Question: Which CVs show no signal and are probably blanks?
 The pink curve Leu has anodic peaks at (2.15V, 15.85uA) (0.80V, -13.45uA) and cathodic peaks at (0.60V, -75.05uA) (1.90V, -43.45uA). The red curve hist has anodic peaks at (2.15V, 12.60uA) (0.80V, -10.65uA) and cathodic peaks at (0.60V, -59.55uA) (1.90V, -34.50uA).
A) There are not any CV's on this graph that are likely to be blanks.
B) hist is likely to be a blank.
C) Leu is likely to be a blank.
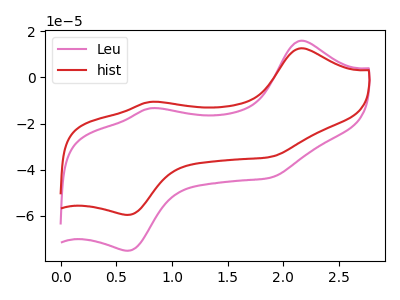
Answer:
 <answer>A) There are not any CV's on this graph that are likely to be blanks.</answer>
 <eval>A</eval>